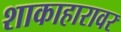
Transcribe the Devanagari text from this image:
शाकाहारावर